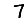
Digit: 7